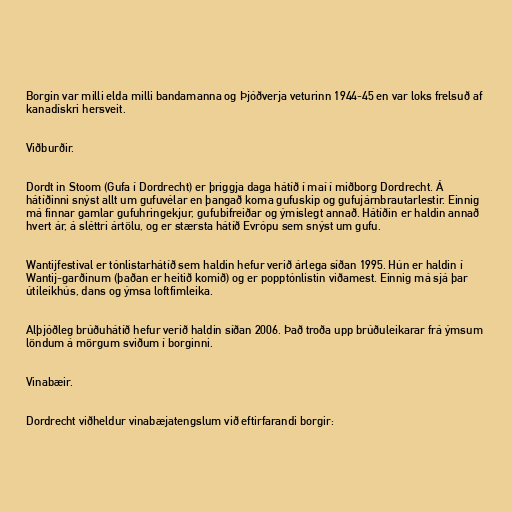
Borgin var milli elda milli bandamanna og Þjóðverja veturinn 1944-45 en var loks frelsuð af
kanadískri hersveit.

Viðburðir.

Dordt in Stoom (Gufa í Dordrecht) er þriggja daga hátíð í maí í miðborg Dordrecht. Á
hátíðinni snýst allt um gufuvélar en þangað koma gufuskip og gufujárnbrautarlestir. Einnig
má finnar gamlar gufuhringekjur, gufubifreiðar og ýmislegt annað. Hátíðin er haldin annað
hvert ár, á sléttri ártölu, og er stærsta hátíð Evrópu sem snýst um gufu.

Wantijfestival er tónlistarhátíð sem haldin hefur verið árlega síðan 1995. Hún er haldin í
Wantij-garðinum (þaðan er heitið komið) og er popptónlistin viðamest. Einnig má sjá þar
útileikhús, dans og ýmsa loftfimleika.

Alþjóðleg brúðuhátíð hefur verið haldin síðan 2006. Það troða upp brúðuleikarar frá ýmsum
löndum á mörgum sviðum í borginni.

Vinabæir.

Dordrecht viðheldur vinabæjatengslum við eftirfarandi borgir: